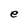
Character: e